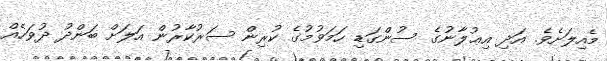
މެއިލަށެވެ. އަދި އިޢުލާނުގެ ސުންގަޑި ހަމަވުމުގެ ކުރިން ސަރުކާރުން އަލަށް ބަންދު ދުވަހެއް